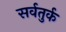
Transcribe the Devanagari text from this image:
सर्वतुर्क